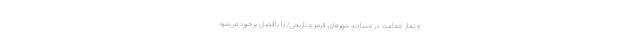
و نماز جماعت در مساجد شهرهای قرمز و نارنجی/ با ناقضان برخورد می‌شود